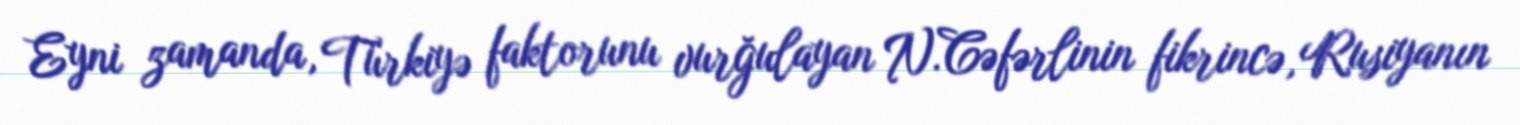
Eyni zamanda, Türkiyə faktorunu vurğulayan N.Cəfərlinin fikrincə, Rusiyanın